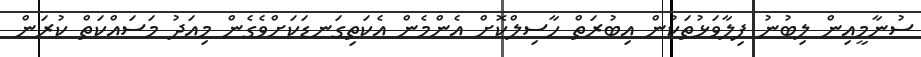
ސުނާމީއިން ލިބުނު ފިލާވަޅުތަކުން އިބުރަތް ހާސިލްކޮށް އެންމެން އެކަތިގަނޑަކަށްވެގެން މިއަދު މަސައްކަތް ކުރަން